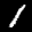
Label: 1